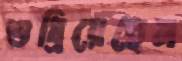
শুধ্‌রিয়েছেন